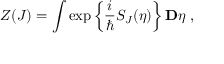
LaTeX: Z ( J ) = \int \exp \left\{ \frac { i } { \hbar } S _ { J } ( \eta ) \right\} { \bf { \cal D } } \eta \; ,